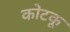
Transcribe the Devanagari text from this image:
कोटकू